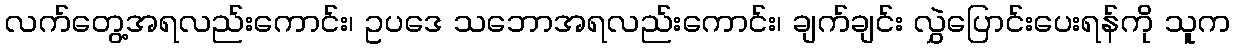
လက်တွေ့အရလည်းကောင်း၊ ဥပဒေ သဘောအရလည်းကောင်း၊ ချက်ချင်း လွှဲပြောင်းပေးရန်ကို သူက